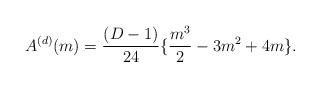
LaTeX: \begin{align*}A^{(d)}(m)=\frac{(D-1)}{24}\{\frac{m^{3}}{2}-3m^{2}+4m\}.\end{align*}